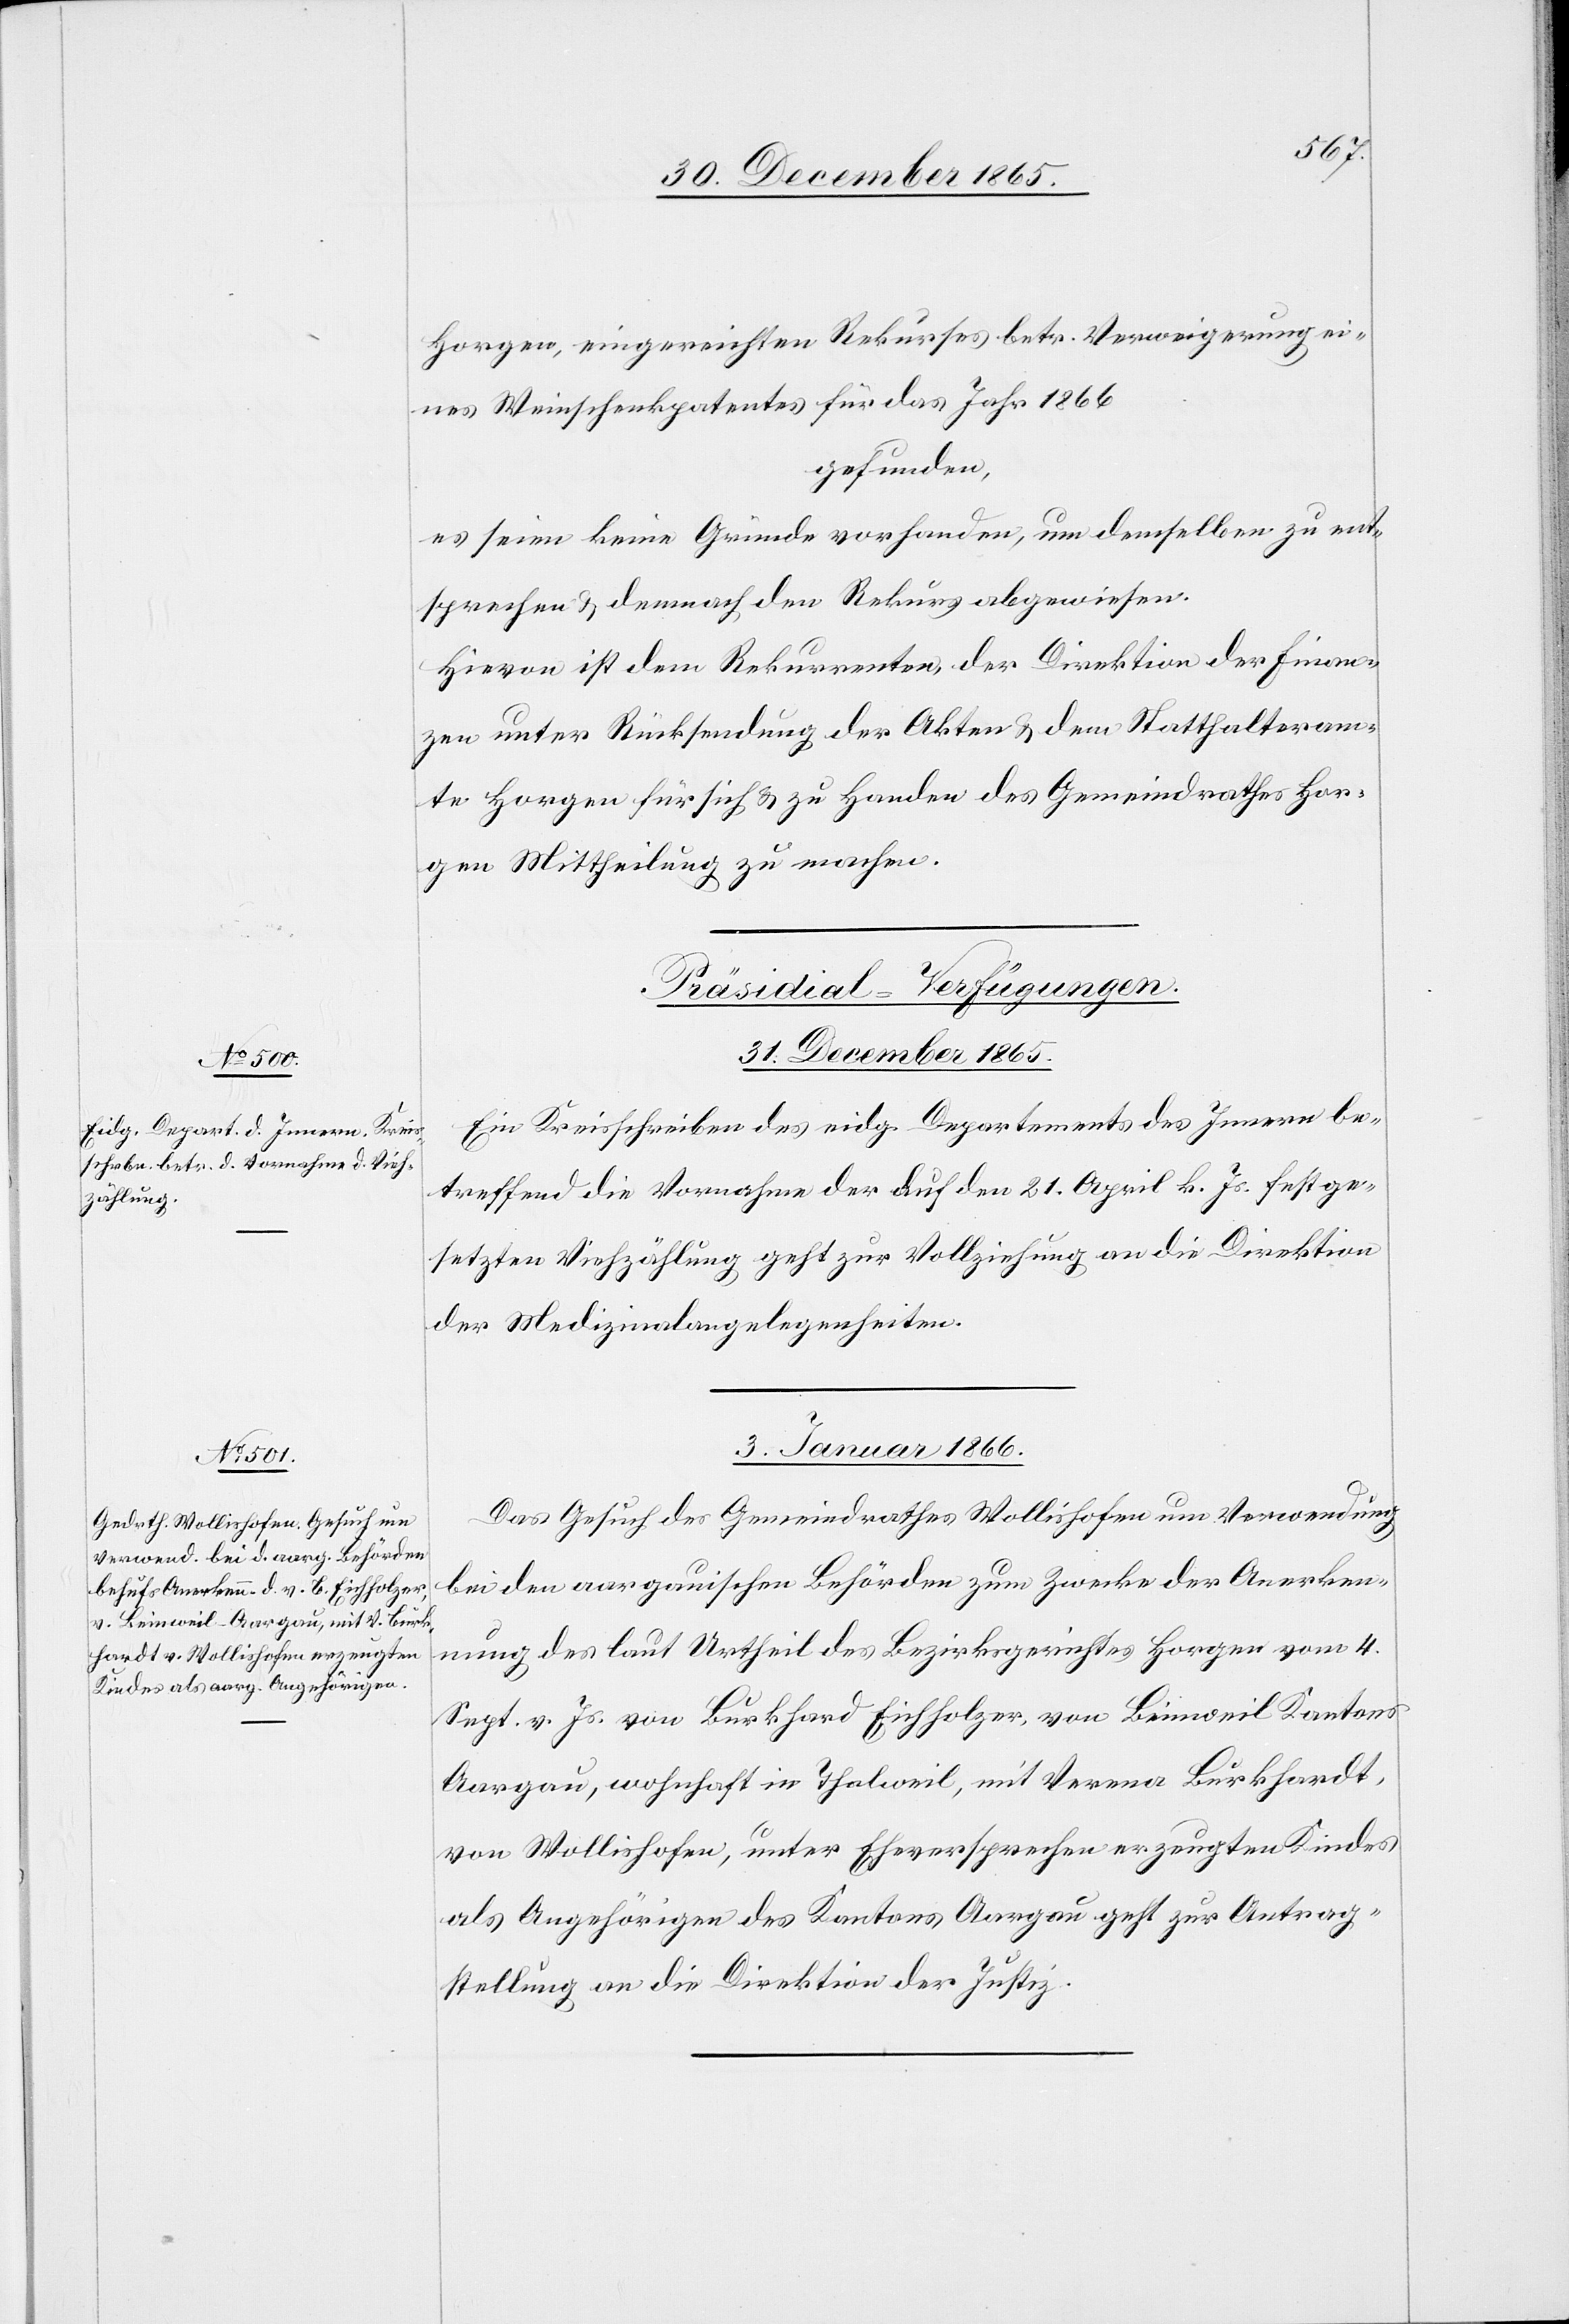
Horgen, eingereichten Rekurses betr. Verweigerung ei¬
nes Weinschenkpatentes für das Jahr 1866
gefunden,
es seien keine Gründe vorhanden, um demselben zu ent¬
sprechen & demnach den Rekurs abgewiesen.
Hievon ist dem Rekurrenten, der Direktion der Finan¬
zen unter Rücksendung der Akten & dem Statthalteram¬
te Horgen für sich & zu Handen des Gemeindrathes Hor¬
gen Mittheilung zu machen.
[Präsidial-Verfügungen.]
31. December 1865.
Ein Kreisschreiben des eidg. Departements des Innern be¬
treffend die Vornahme der auf den 21. April k. Js. festge¬
setzten Viehzählung geht zur Vollziehung an die Direktion
der Medizinalangelegenheiten.
3. Januar 1866.
Das Gesuch des Gemeindrathes Wollishofen um Verwendung
bei den aargauischen Behörden zum Zwecke der Anerken¬
nung des laut Urtheil des Bezirksgerichtes Horgen vom 4.
Sept. v. Js. von Burkhard Eichholzer, von Beinweil Kantons
Aargau, wohnhaft in Thalweil, mit Verena Burkhardt,
von Wollishofen, unter Eheversprechen erzeugten Kindes
als Angehörigen des Kantons Aargau geht zur Antrag¬
stellung an die Direktion der Justiz.